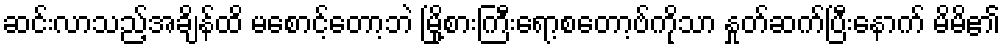
ဆင်းလာသည့်အချိန်ထိ မစောင့်တော့ဘဲ မြို့စားကြီးရော့စတော့ဗ်ကိုသာ နှုတ်ဆက်ပြီးနောက် မိမိ၏